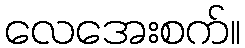
လေအေးစက်။